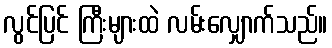
လွင်ပြင် ကြီးများထဲ လမ်းလျှောက်သည်။